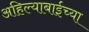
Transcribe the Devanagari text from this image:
अहिल्याबाईच्या